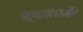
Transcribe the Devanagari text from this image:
देवताओं